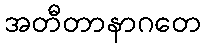
အတီတာနာဂတေ